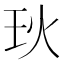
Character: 𪻓